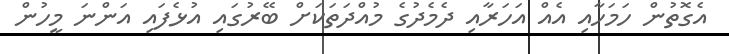
އެގޮތުން ހަމަހާއި އެއް އަހަރާއި ދެމެދުގެ މުއްދަތަކަށް ބޭރުގައި އުޅެފައި އަންނަ މީހުން